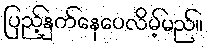
ပြည့်နှက်နေပေလိမ့်မည်။